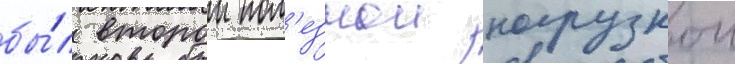
бы́л второи пол'езнои нагрузкои